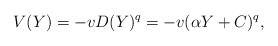
\begin{align*}V(Y)=-vD(Y)^q=-v(\alpha Y+C)^q,\end{align*}